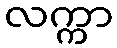
လက္ကာ